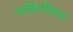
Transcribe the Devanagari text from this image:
समितींच्या